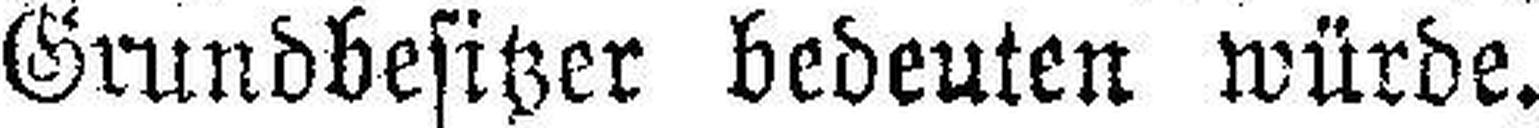
Grundbesitzer bedeuten würde.